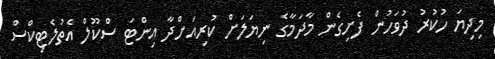
މިދިޔަ ހުކުރު ދުވަހުން ފެށިގެން މާދަމާގެ ނިޔަލަށް ކުރިއަށްދާ އިންޓަ ސްކޫލް އެތުލެޓިކްސް